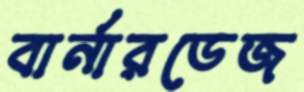
বার্নারডেজ